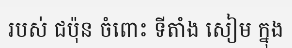
របស់ ជប៉ុន ចំពោះ ទីតាំង សៀម ក្នុង